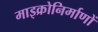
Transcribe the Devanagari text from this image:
माइक्रोनिर्माणों